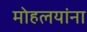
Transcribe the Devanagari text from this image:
माेहलयांना